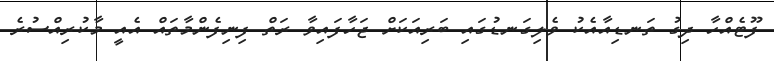
ފޫޓެއްހާ ދިގު ތަނޑިއާއެކު ވެލިގަނޑުގައި ބަރިއަކަށް ޖަހާފައިވާ ރަތް ފިނިފެންމާތައް އެއީ މާކުރިއްސުރެ